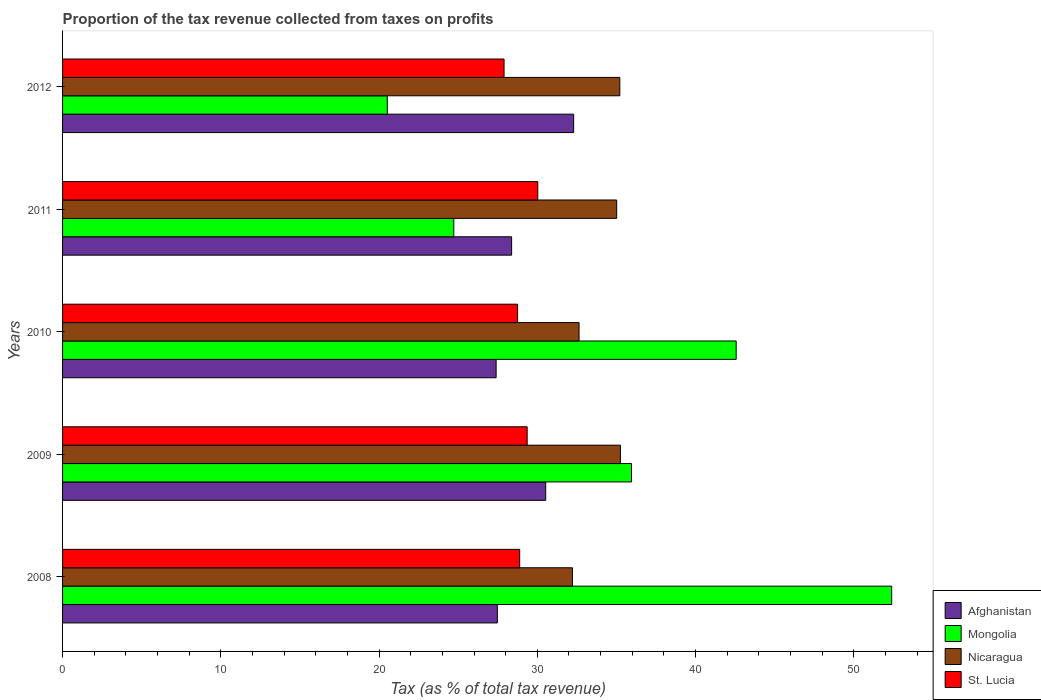
| Years | Afghanistan | Mongolia | Nicaragua | St. Lucia |
 | --- | --- | --- | --- | --- |
 | 2008 | 27.5 | 52.4 | 32.2 | 28.9 |
 | 2009 | 30.5 | 36 | 35.3 | 29.4 |
 | 2010 | 27.4 | 42.6 | 32.6 | 28.8 |
 | 2011 | 28.4 | 24.7 | 35 | 30 |
 | 2012 | 32.3 | 20.5 | 35.2 | 27.9 |